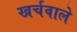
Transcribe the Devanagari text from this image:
खर्चवाले